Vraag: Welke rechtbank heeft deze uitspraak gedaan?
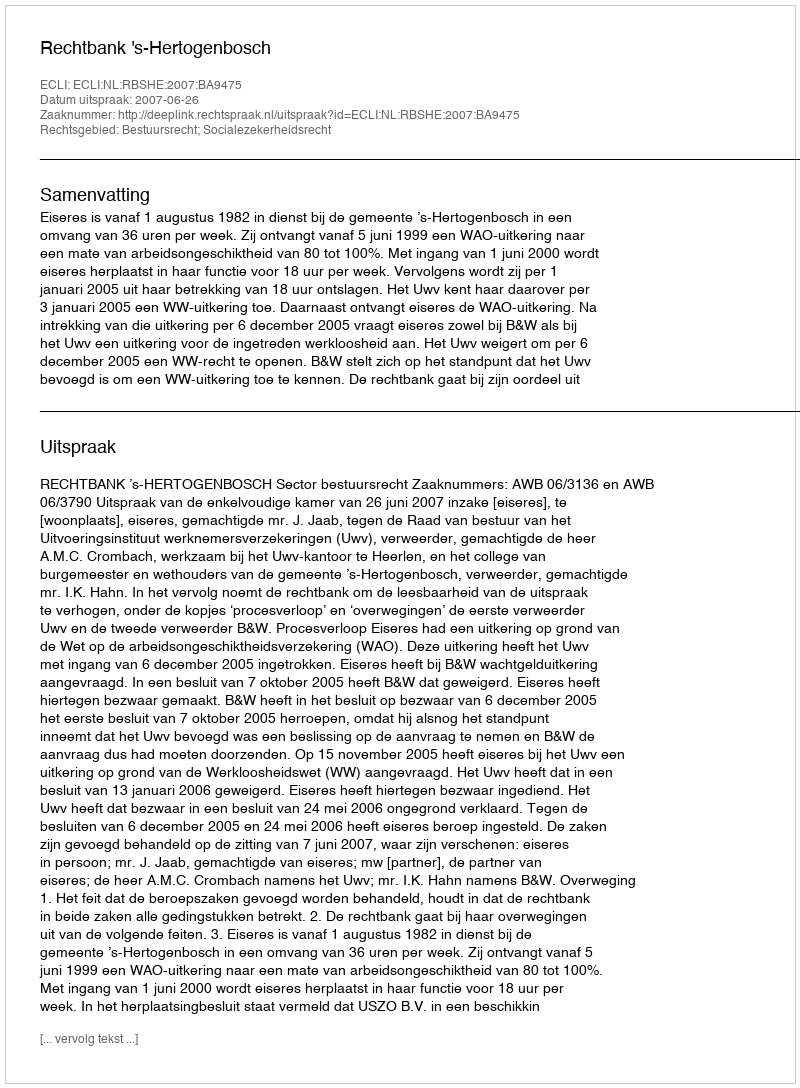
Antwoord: Rechtbank 's-Hertogenbosch